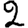
Digit: 2